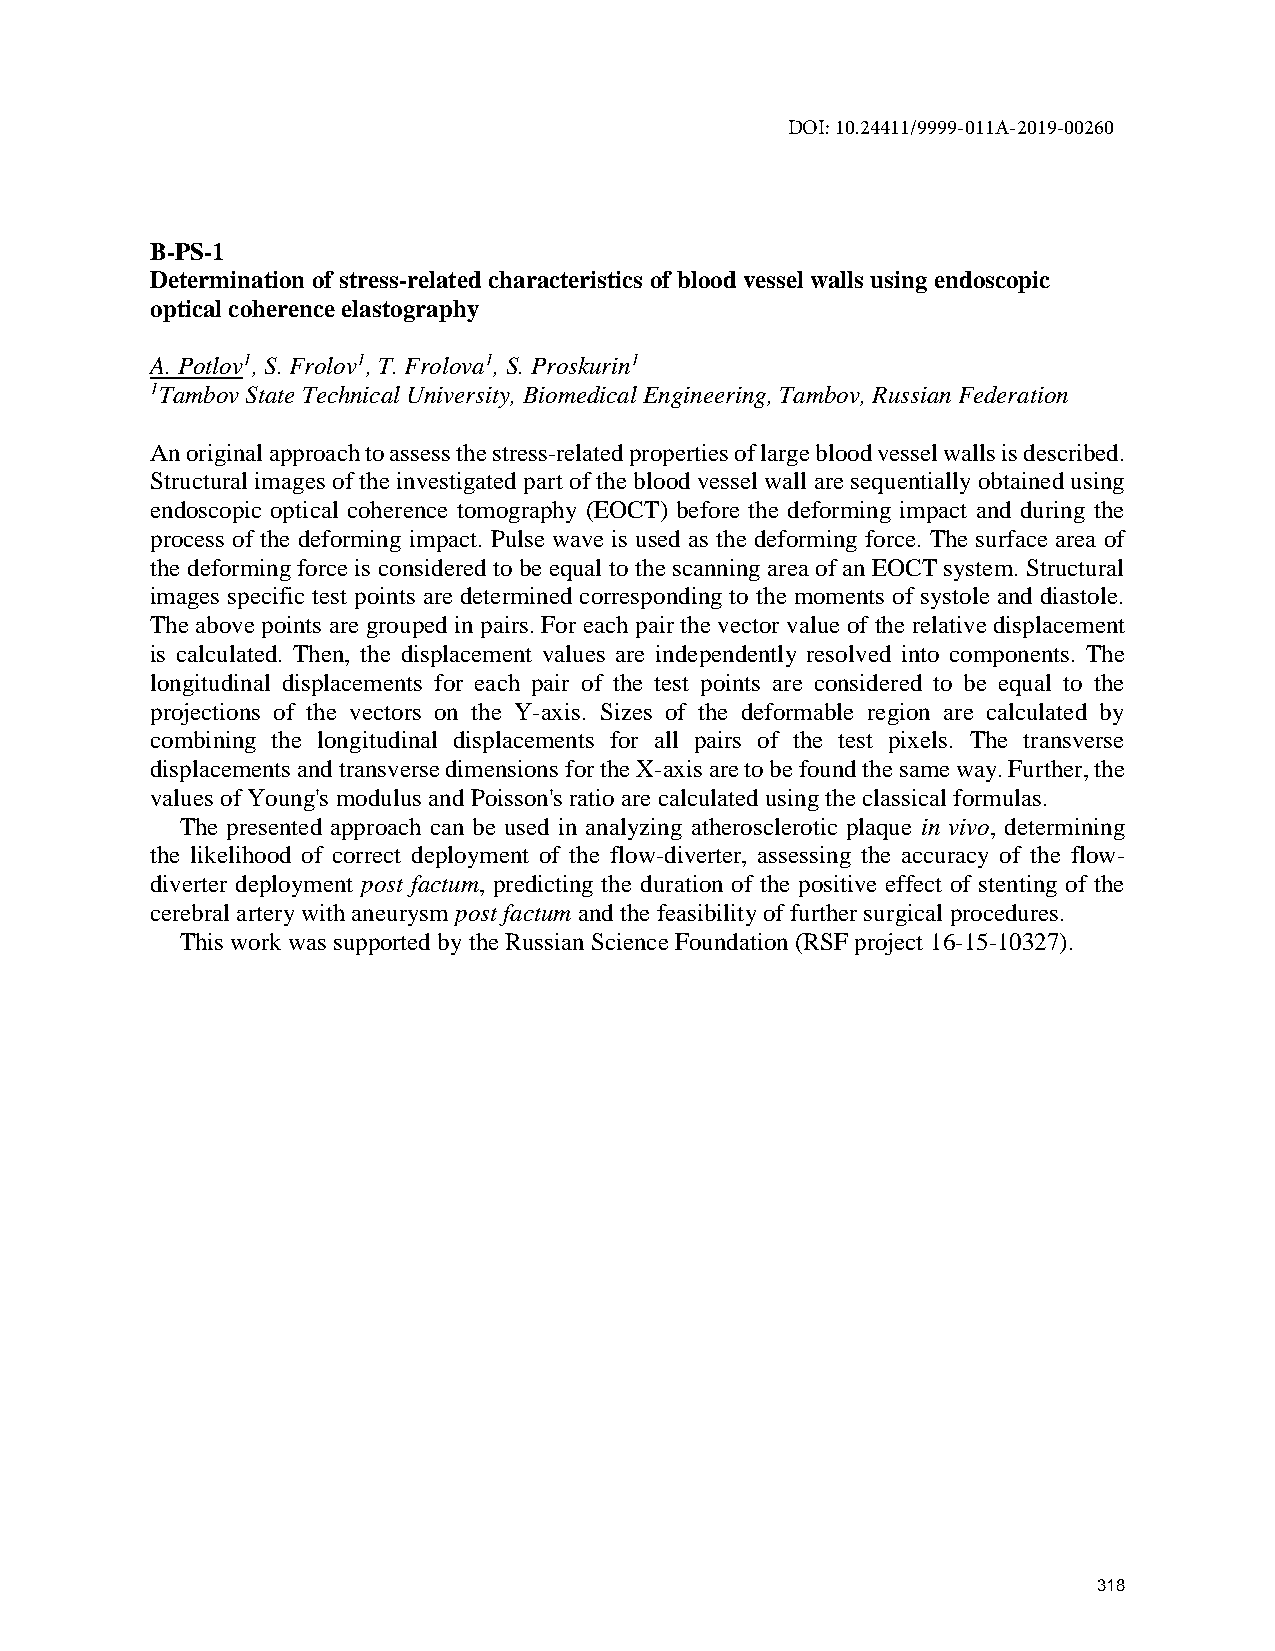
DOI: 10.24411/9999-011A-2019-00260
 B-PS-1
 Determination of stress-related characteristics of blood vessel walls using endoscopic
 optical coherence elastography
 A. Potlov1, S. Frolov1, T. Frolova1, S. Proskurin1
 1Tambov State Technical University, Biomedical Engineering, Tambov, Russian Federation
 An original approach to assess the stress-related properties of large blood vessel walls is described.
 Structural images of the investigated part of the blood vessel wall are sequentially obtained using
 endoscopic optical coherence tomography (EOCT) before the deforming impact and during the
 process of the deforming impact. Pulse wave is used as the deforming force. The surface area of
 the deforming force is considered to be equal to the scanning area of an EOCT system. Structural
 images specific test points are determined corresponding to the moments of systole and diastole.
 The above points are grouped in pairs. For each pair the vector value of the relative displacement
 is calculated. Then, the displacement values are independently resolved into components. The
 longitudinal displacements for each pair of the test points are considered to be equal to the
 projections of the vectors on the Y-axis. Sizes of the deformable region are calculated by
 combining the longitudinal displacements for all pairs of the test pixels. The transverse
 displacements and transverse dimensions for the X-axis are to be found the same way. Further, the
 values of Young's modulus and Poisson's ratio are calculated using the classical formulas.
 The presented approach can be used in analyzing atherosclerotic plaque in vivo, determining
 the likelihood of correct deployment of the flow-diverter, assessing the accuracy of the flow-
 diverter deployment post factum, predicting the duration of the positive effect of stenting of the
 cerebral artery with aneurysm post factum and the feasibility of further surgical procedures.
 This work was supported by the Russian Science Foundation (RSF project 16-15-10327).
 318